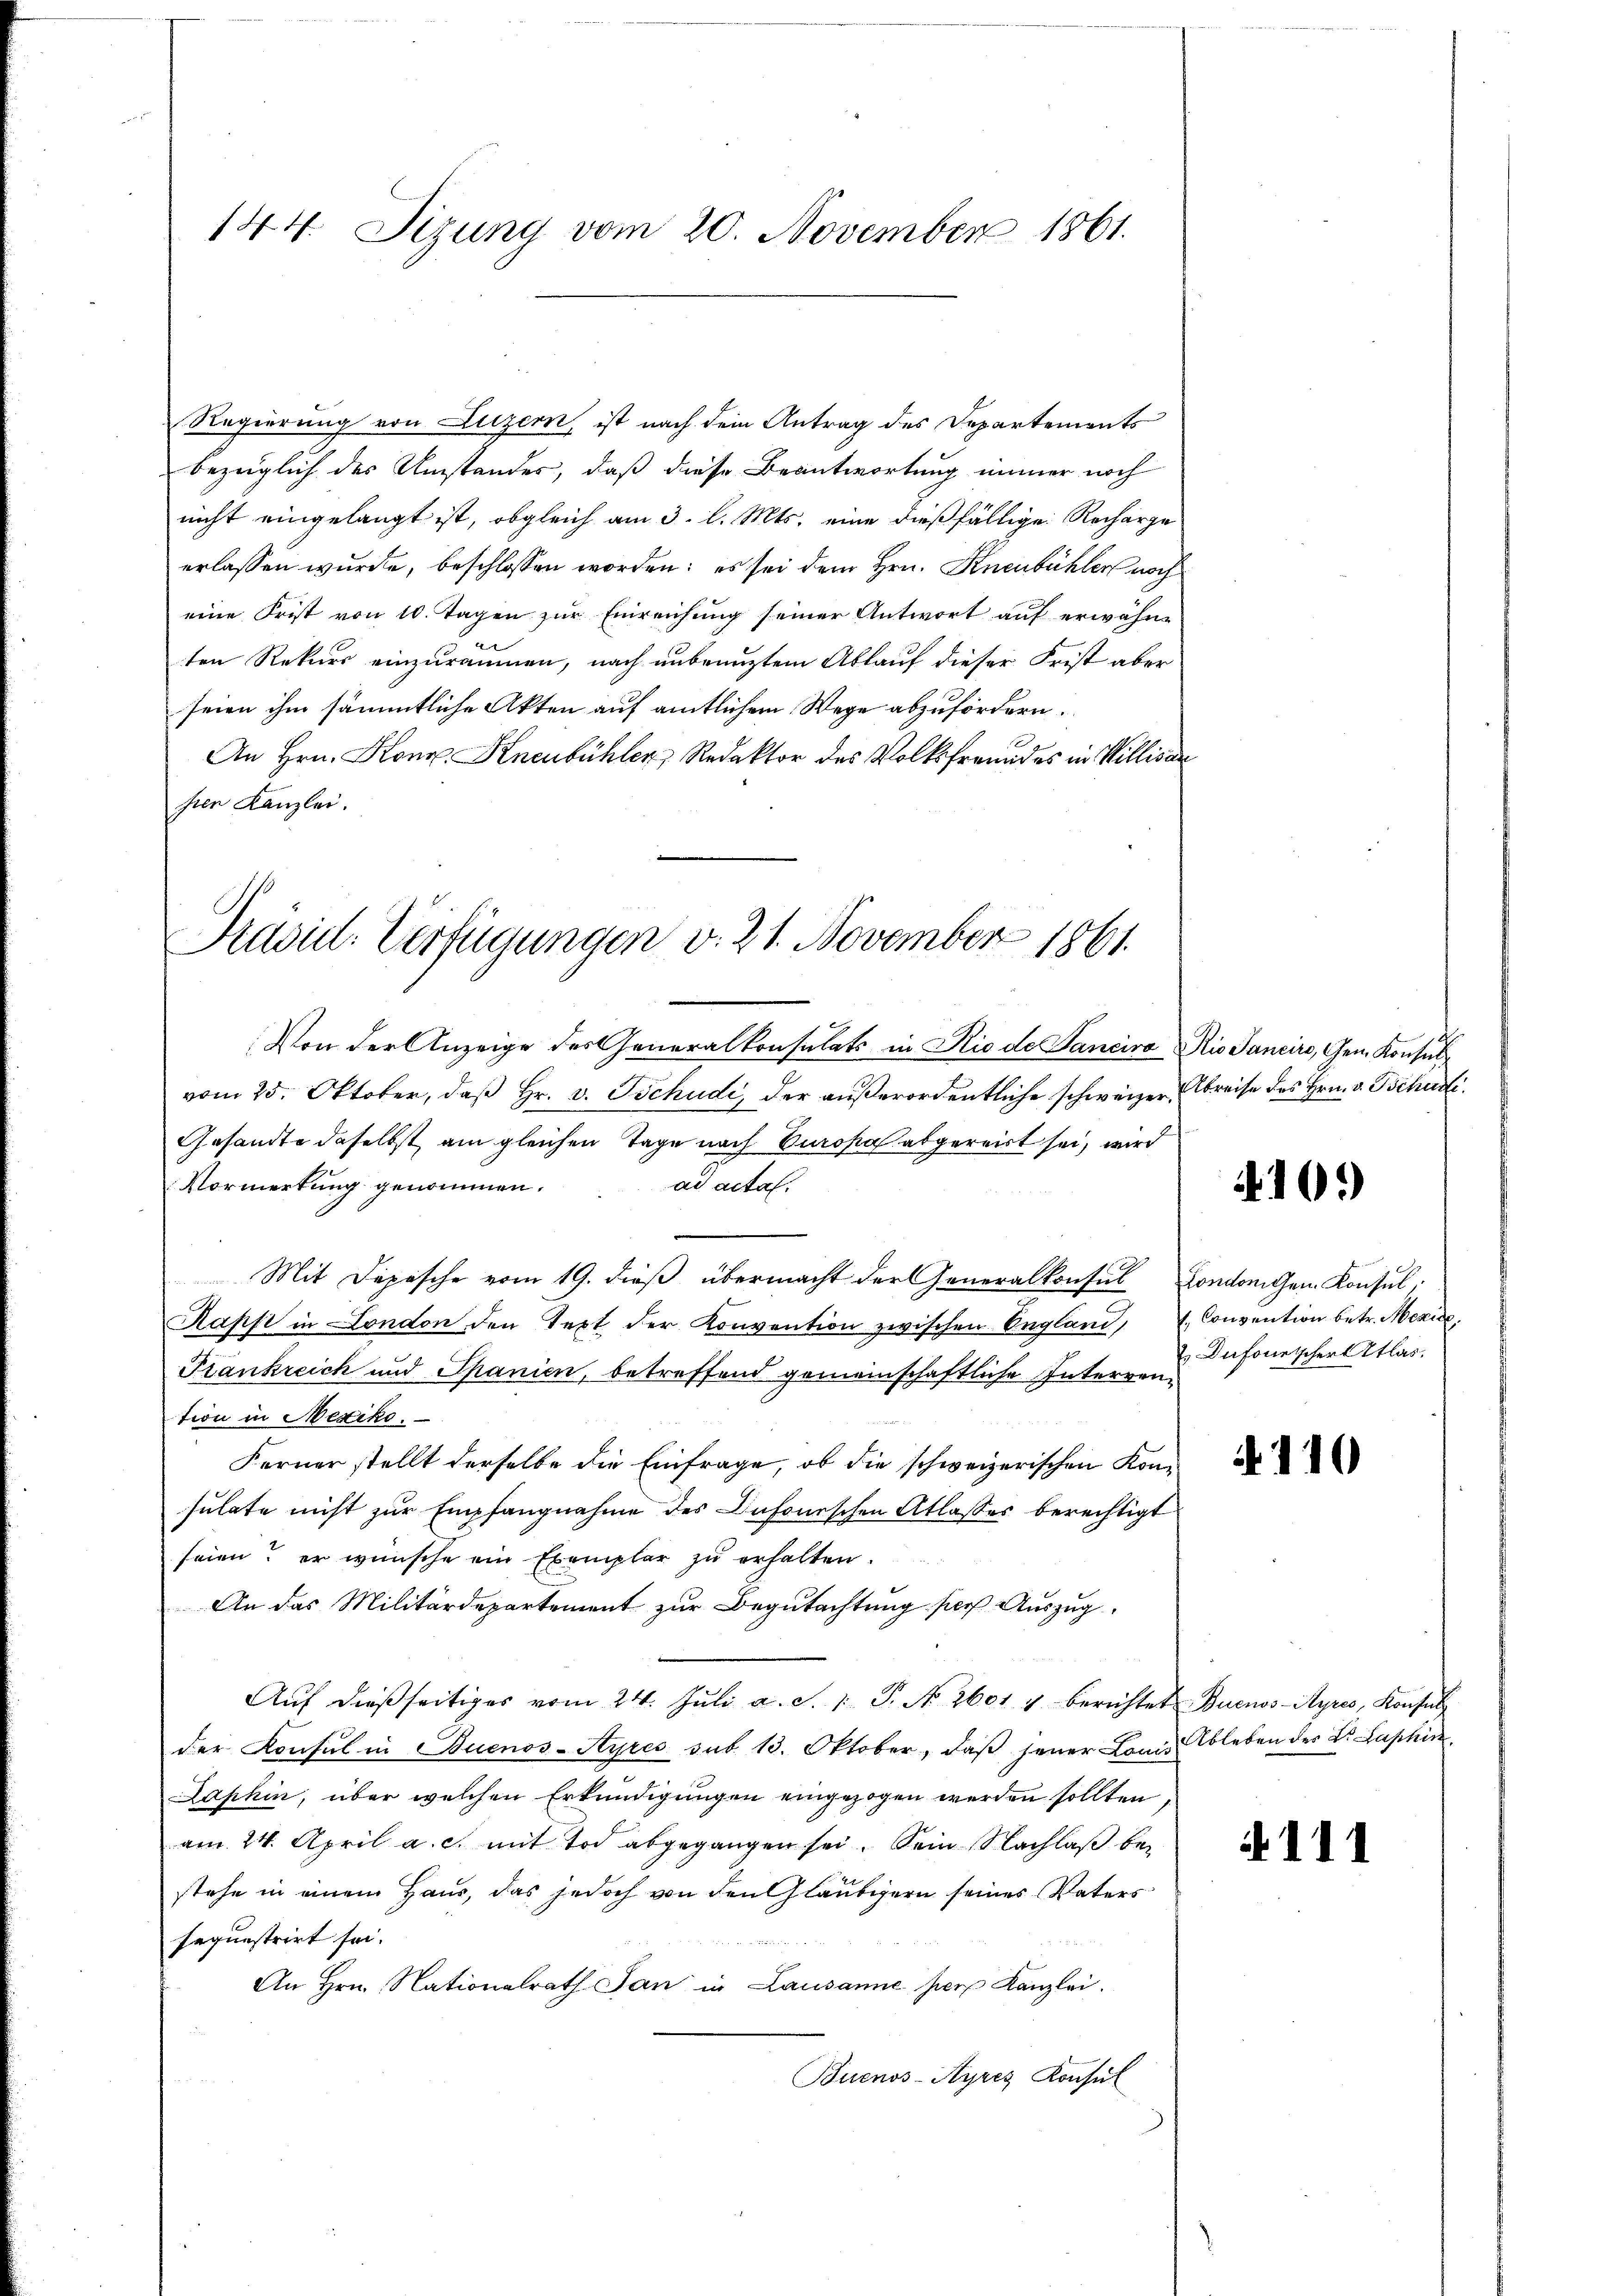
144. Sizung vom 20. November 1861.

Regierung von Luzern, ist nach dem Antrag des Departements
bezüglich des Umstandes, daß diese Beantwortung immer noch
nicht eingelangt ist, obgleich am 3. l. Mts. eine dießfällige Recharge
erlassen wurde, beschlossen worden; es sei dem Hrn. Knenbühler noch
eine Frist von 10. Tagen zur Einreichung seiner Antwort auf erwähne.
ten Rekurs einzuräumen, nach unbenuztem Ablauf dieser Frist aber
seien ihm sämmtliche Akten auf amtlichem Wege abzufördern.
An Hrn. Honn Knenbühler Redaktor des Volksfreundes in Willisau
sien Kanzlei.

Präsil-Verfügungen v. 21. November 1861.

Von der Anzeige des Generalkonsulats in Rio de Panciro Rio Jancirs, Gem. Konsul
vom 25. Oktober, daß Hr. v. Tschudi, der außerordentliche schweizer Abreise des Hrn. v. Tschudi¬
Gesandte daselbst am gleichen Tage nach Europa abgereist sei, wird
Vormerkung genommen.
ad acta.
Mit Dopische vom 19. dieß übermacht der Generalkonsul Condorigem Konsul,
Kapp in London den Text der Konvention zwischen England, u. Convention betr. Menue,
Frankreich und Spanien, betreffend gemeinschaftliche Interrention in Mexiko
Ferner stellt derselbe die Einfrage, ob die schweizerischen Konsulate nicht zur Empfangnahme des Dufourschen Atlasses berechtigt
seien; er wünsche ein Exemplar zu erhalten.
An das Militärdepartement zur Begutachtung der Auszug
Aŭf dieβ seitiges vom 24. Jŭli a. S. 1 P. No. 2601 1 berichtet Buenos-Ayres, Konsul
der Consul in Buenos-Ayres sub. 13. Oktober, daß jener Lani Ableben des Dr. Laphis
Laphin, über welchen Erkundigungen eingezogen werden sollten
am 24. April a. c. mit Tod abgegangen sei. Sein Nachlaß bestehe in einem Haus, das jedoch von den Gläubigern seines Vaters
sequestrirt sei.

An Hrn. Nationalrath Jan in Lausanne her Kanzlei.
Buenos-Ayres Konsul

4101)

Dufourischer Atlas.

110

111